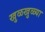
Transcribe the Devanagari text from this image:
खुळखुळ्या